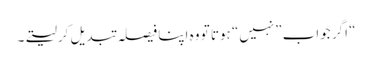
“ اگر جواب ”نہیں“ ہوتا تو وہ اپنا فیصلہ تبدیل کرلیتے۔